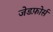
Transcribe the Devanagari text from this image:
जेडफ़ोर्स